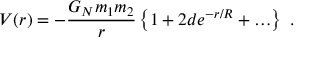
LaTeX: V ( r ) = - \frac { G _ { N } m _ { 1 } m _ { 2 } } { r } \left\{ 1 + 2 d e ^ { - r / R } + \ldots \right\} ~ .